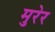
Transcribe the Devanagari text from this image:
मुरेर